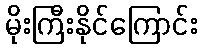
မိုးကြီးနိုင်ကြောင်း